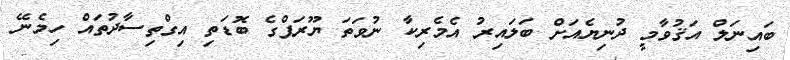
ބައިނަލް އަޤުވާމީ ދުނިޔެއަށް ބަލައިރު އެމެރިކާ ނުވަތަ ޔޫރަޕްގެ ބޮޑަތި އިގްތިސާދުތައް ހިމެނޭ